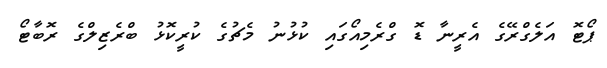
ޕޯޓޮ އަލެގްރޭގެ އެރީނާ ޑޮ ގްރެމިއޯގައި ކުޅުނު މެޗުގެ ކުރީކޮޅު ބްރެޒިލްގެ ރޮބާޓޯ